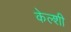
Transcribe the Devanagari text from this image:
केल्शी